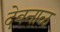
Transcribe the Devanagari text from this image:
देवनाळ